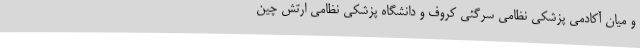
و میان آکادمی پزشکی نظامی سرگئی کروف و دانشگاه پزشکی نظامی ارتش چین